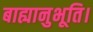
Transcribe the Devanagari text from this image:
बाह्यानुभूति।